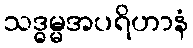
သဒ္ဓမ္မအပရိဟာနံ